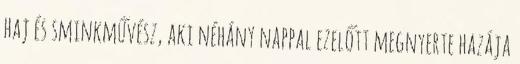
haj és sminkművész, aki néhány nappal ezelőtt megnyerte hazája